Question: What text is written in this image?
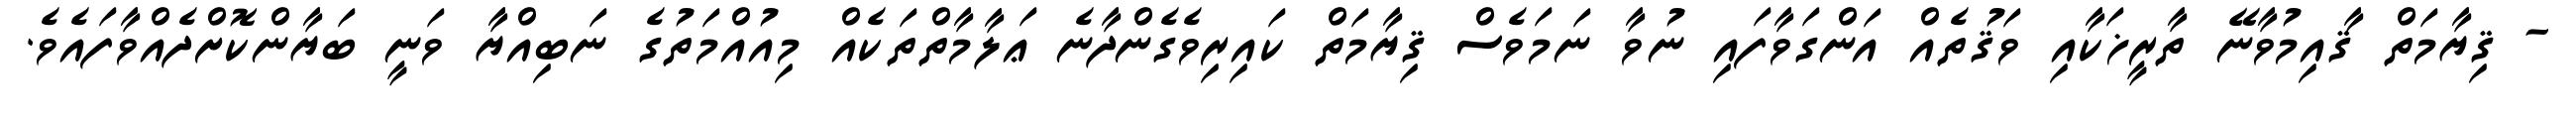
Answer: - ޤިޔާމަތް ޤާއިމުވާނޭ ތާރީޚަކާއި ވަޤުތެއް އަންގަވާފައި ނުވާ ނަމަވެސް ޤިޔާމަތް ކައިރިވެގެންދާނެ ޢަލާމާތްތަކެއް މިއުއްމަތުގެ ނަބިއްޔާ ވަނީ ބަޔާންކޮށްދެއްވާފައެވެ.